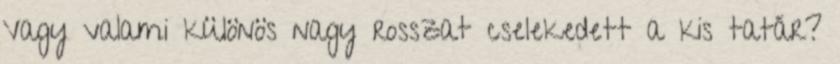
Vagy valami különös nagy rosszat cselekedett a kis tatár?